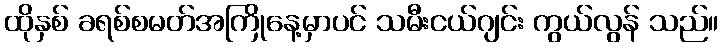
ထိုနှစ် ခရစ်စမတ်အကြိုနေ့မှာပင် သမီးငယ်ဂျင်း ကွယ်လွန် သည်။